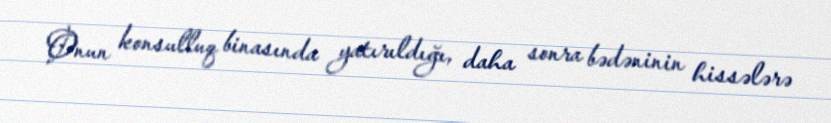
Onun konsulluq binasında yatırıldığı, daha sonra bədəninin hissələrə